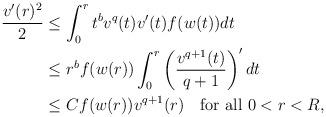
LaTeX: \begin{align*}\begin{aligned} \frac{v'(r)^{2}}{2} &\leq \int_{0}^{r} t^{b}v^{q}(t)v'(t)f(w(t)) dt \\ &\leq r^{b}f(w(r))\int_{0}^{r}\left(\frac{v^{q+1}(t)}{q+1}\right)'dt \\ &\leq Cf(w(r))v^{q+1}(r)\quad\mbox{for all}\ 0<r<R,\end{aligned}\end{align*}